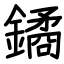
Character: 鐍